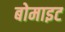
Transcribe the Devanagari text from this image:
बोमाइट